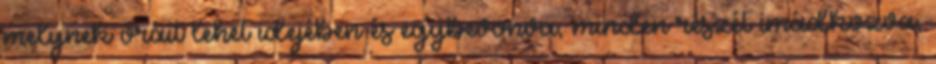
melynek óráit lehet idejében és egybevonva, minden részét imádkozva,